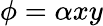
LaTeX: \phi=\alpha xy